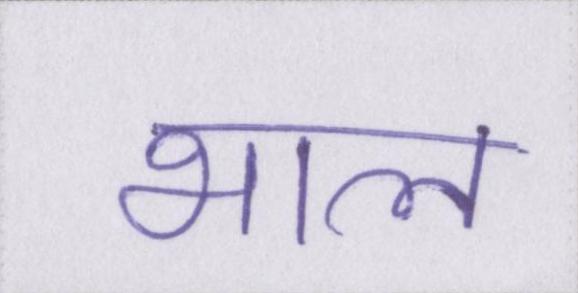
भाल